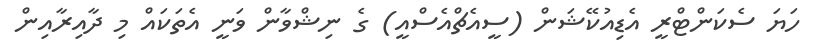
ހަޔަ ސެކަންޓްރީ އެޑިއުކޭޝަން (ސީއެޗްއެސްއީ) ގެ ނިޝްވާން ވަނީ އެތަކައް މި ދާއިރާއިން